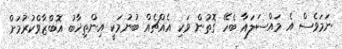
ނަމަވެސް އެ މައްސަލައާ ބެހޭ ގޮތުން ވަކި އެއްޗެއް ބުނުމަކީ އިންތިޚާބު އޮބްޒާވްކުރުމަށް